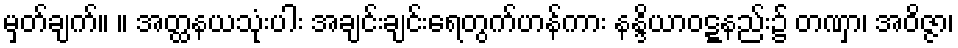
မှတ်ချက်။ ။ အတ္ထနယသုံးပါး အချင်းချင်းရေတွက်ဟန်ကား နန္ဒိယာဝဋ္ဋနည်း၌ တဏှာ၊ အဝိဇ္ဇာ၊